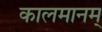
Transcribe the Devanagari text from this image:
कालमानम्